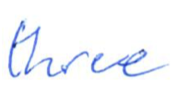
Text: three
Cross-out: clean
Writing tool: ballpoint